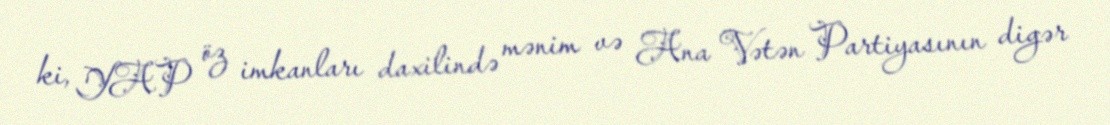
ki, YAP öz imkanları daxilində mənim və Ana Vətən Partiyasının digər